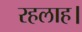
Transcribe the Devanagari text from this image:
रहलाह।